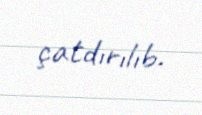
çatdırılıb.